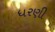
ધરણી